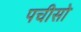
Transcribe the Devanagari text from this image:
पचीसो